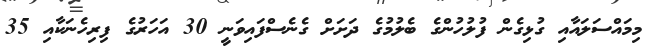
މިމައްސަލައާއި ގުޅިގެން ފުލުހުންގެ ބެލުމުގެ ދަށަށް ގެނެސްފައިވަނީ 30 އަހަރުގެ ފިރިހެނަކާއި 35